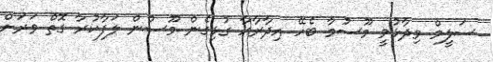
ސަލީމް ވިދާޅުވީ މޫސުމާ ބެހޭ އިދާރާއާ ގުޅިގެން މޫސުން ލަފާކުރާ ގޮތް ވަރަށް